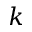
k